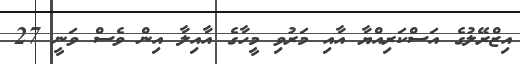
އިޒްރޭލުގެ އަސްކަރިއްޔާ އާއި މަރުވި މީހާގެ އާއިލާ އިން ވެސް ވަނީ 27